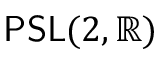
{ \sf P S L } ( 2 , \mathbb { R } )